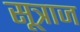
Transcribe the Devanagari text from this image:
सूत्राज